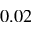
0 . 0 2